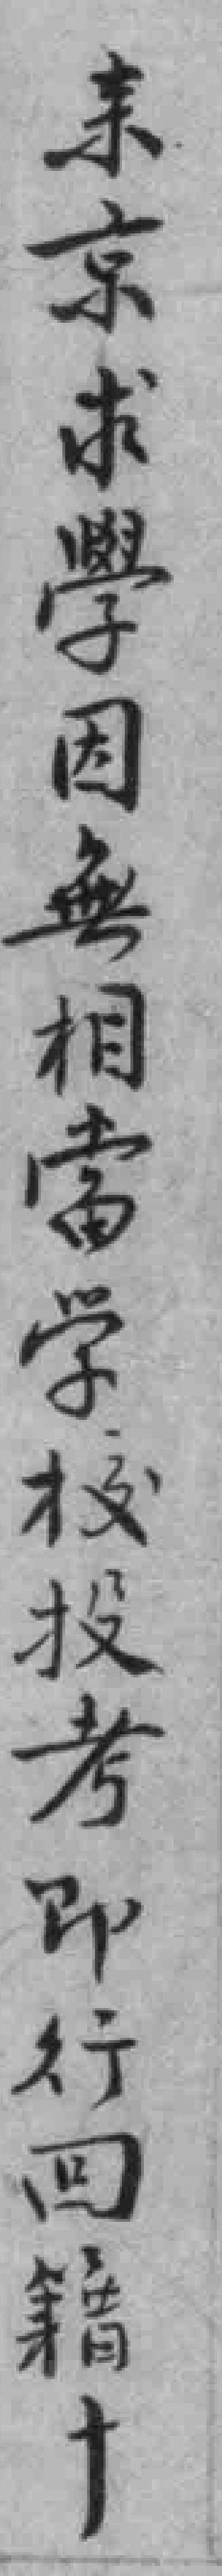
来京求學因無相當学校投考即行回籍十